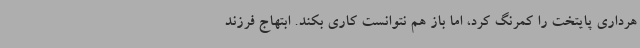
هرداری پایتخت را کمرنگ کرد، اما باز هم نتوانست کاری بکند. ابتهاج فرزند